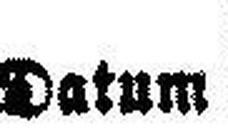
Datum